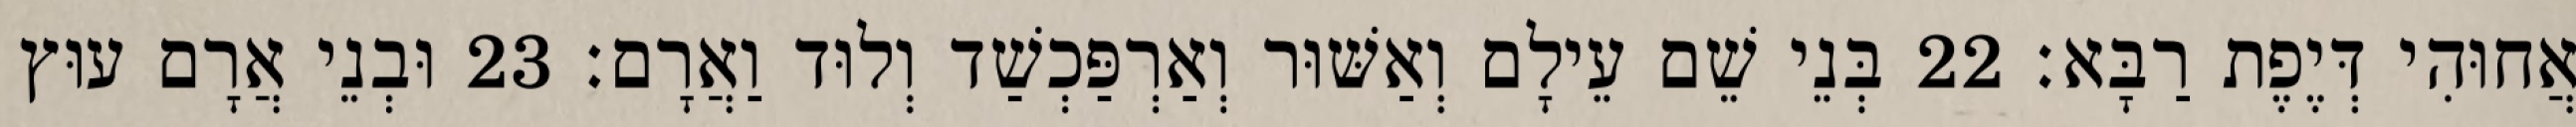
אֲחוּהִי דְּיֶפֶת רַבָּא׃ 22 בְּנֵי שֵׁם עֵילָם וְאַשּׁוּר וְאַרְפַּכְשַׁד וְלוּד וַאֲרָם׃ 23 וּבְנֵי אֲרָם עוּץ